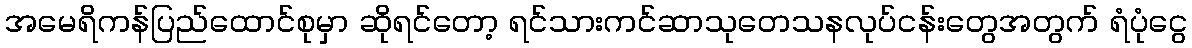
အမေရိကန်ပြည်ထောင်စုမှာ ဆိုရင်တော့ ရင်သားကင်ဆာသုတေသနလုပ်ငန်းတွေအတွက် ရံပုံငွေ